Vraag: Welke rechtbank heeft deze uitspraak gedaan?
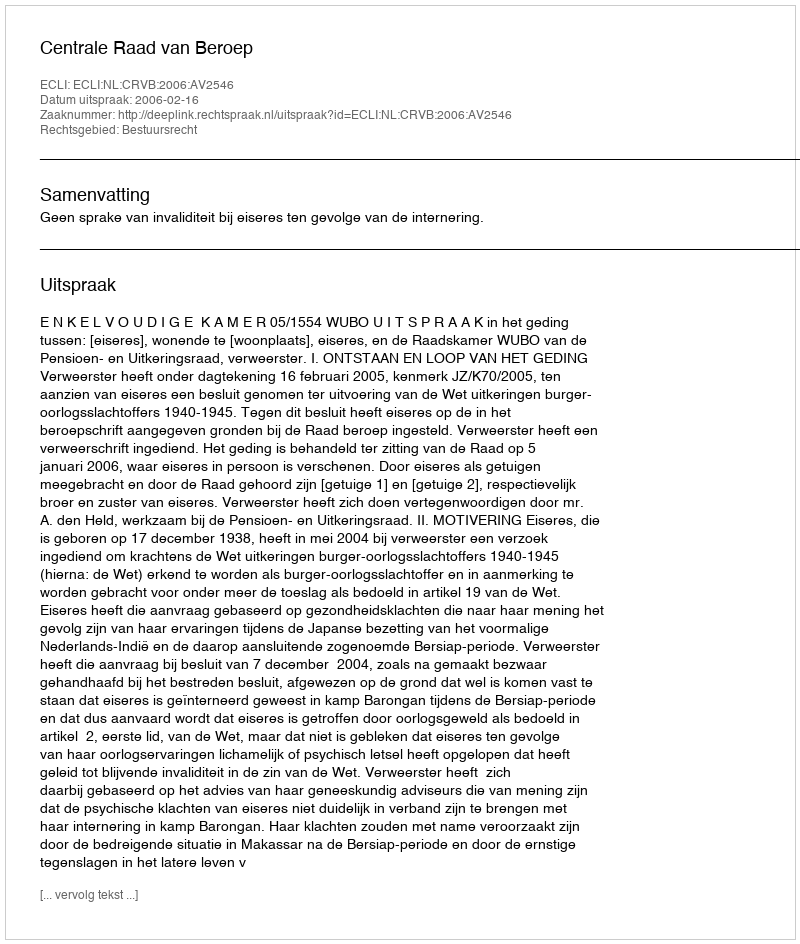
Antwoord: Centrale Raad van Beroep